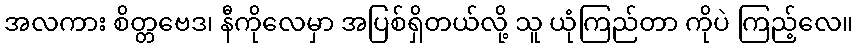
အလကား စိတ္တဗေဒ၊ နီကိုလေမှာ အပြစ်ရှိတယ်လို့ သူ ယုံကြည်တာ ကိုပဲ ကြည့်လေ။